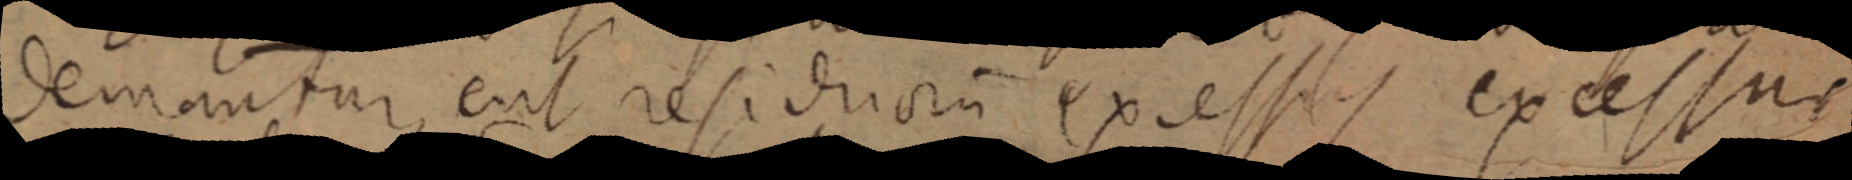
demantur, eut residuorum excessis excessus